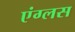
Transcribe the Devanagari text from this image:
एंग्लस